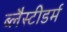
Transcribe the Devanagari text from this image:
ब्लैस्टीडर्म